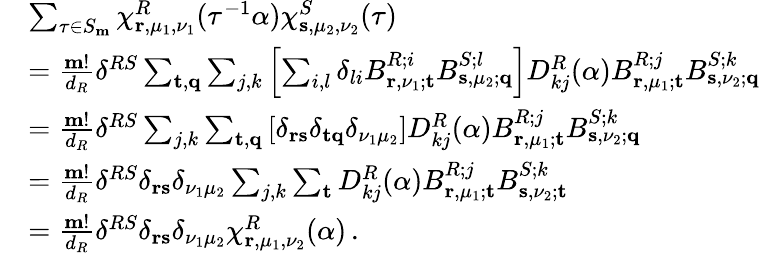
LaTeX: \begin{array}{rl}&{\sum_{\tau\in S_{\mathbf{m}}}\chi_{\mathbf{r},\mu_{1},\nu_{1}}^{R}(\tau^{-1}\alpha)\chi_{\mathbf{s},\mu_{2},\nu_{2}}^{S}(\tau)}\\ &{=\frac{\mathbf{m}!}{d_{R}}\delta^{RS}\sum_{\mathbf{t},\mathbf{q}}\sum_{j,k}\left[\sum_{i,l}\delta_{li}B_{\mathbf{r},\nu_{1};\mathbf{t}}^{R;i}B_{\mathbf{s},\mu_{2};\mathbf{q}}^{S;l}\right]D_{kj}^{R}(\alpha)B_{\mathbf{r},\mu_{1};\mathbf{t}}^{R;j}B_{\mathbf{s},\nu_{2};\mathbf{q}}^{S;k}}\\ &{=\frac{\mathbf{m}!}{d_{R}}\delta^{RS}\sum_{j,k}\sum_{\mathbf{t},\mathbf{q}}\left[\delta_{\mathbf{r}\mathbf{s}}\delta_{\mathbf{t}\mathbf{q}}\delta_{\nu_{1}\mu_{2}}\right]D_{kj}^{R}(\alpha)B_{\mathbf{r},\mu_{1};\mathbf{t}}^{R;j}B_{\mathbf{s},\nu_{2};\mathbf{q}}^{S;k}}\\ &{=\frac{\mathbf{m}!}{d_{R}}\delta^{RS}\delta_{\mathbf{r}\mathbf{s}}\delta_{\nu_{1}\mu_{2}}\sum_{j,k}\sum_{\mathbf{t}}D_{kj}^{R}(\alpha)B_{\mathbf{r},\mu_{1};\mathbf{t}}^{R;j}B_{\mathbf{s},\nu_{2};\mathbf{t}}^{S;k}}\\ &{=\frac{\mathbf{m}!}{d_{R}}\delta^{RS}\delta_{\mathbf{r}\mathbf{s}}\delta_{\nu_{1}\mu_{2}}\chi_{\mathbf{r},\mu_{1},\nu_{2}}^{R}(\alpha)\, .}\end{array}